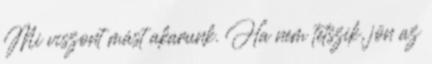
Mi viszont mást akarunk. Ha nem tetszik, jön az